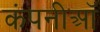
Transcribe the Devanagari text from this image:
कंपनीऑ